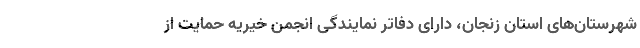
شهرستان‌های استان زنجان، دارای دفاتر نمایندگی انجمن خیریه حمایت از